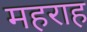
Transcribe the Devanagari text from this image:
महराह